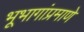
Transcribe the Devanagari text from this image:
भूभागांप्रमाणे